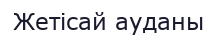
Жетісай ауданы